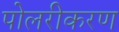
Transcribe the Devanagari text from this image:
पोलरीकरण